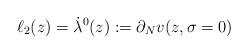
LaTeX: \begin{align*}\ell_2(z) = \dot\lambda^0(z) := \partial_N v(z, \sigma=0)\end{align*}